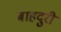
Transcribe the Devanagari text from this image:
बाहदुरी